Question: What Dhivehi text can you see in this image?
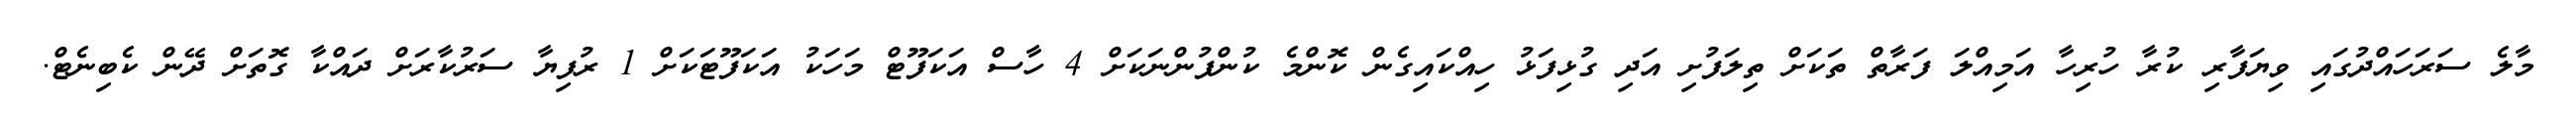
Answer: މާލެ ސަރަހައްދުގައި ވިޔަފާރި ކުރާ ހުރިހާ އަމިއްލަ ފަރާތް ތަކަށް ތިލަފުށި އަދި ގުޅިފަޅު ހިއްކައިގެން ކޮންމެ ކުންފުންނަކަށް 4 ހާސް އަކަފޫޓް މަހަކު އަކަފޫޓަކަށް 1 ރުފިޔާ ސަރުކާރަށް ދައްކާ ގޮތަށް ދޭން ކެބިނެޓް.